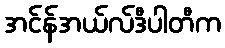
အင်န်အယ်လ်ဒီပါတီက